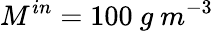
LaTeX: M^{in}=100\ g\ m^{-3}